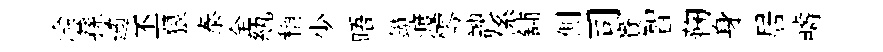
淪蓀遹丕狼泰全紈稍少晤鏃渡零諛係舖側司賚智鞠身居疇